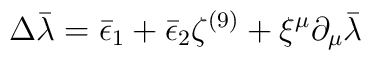
\Delta \bar\lambda = \bar\epsilon_1 + \bar\epsilon_2 \zeta^{(9)} + \xi^\mu\partial_\mu \bar\lambda